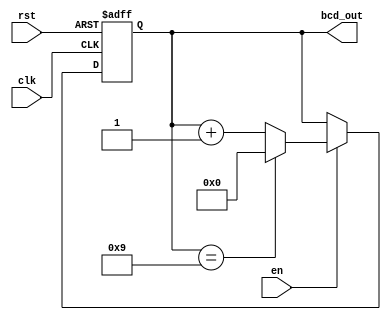
module bcd_counter (
    input wire clk,        // Clock signal
    input wire rst,        // Asynchronous reset signal
    input wire en,         // Enable signal
    output reg [3:0] bcd_out // 4-bit BCD output
);

    // Always block triggered on the rising edge of the clock or asynchronous reset
    always @(posedge clk or posedge rst) begin
        if (rst) begin
            // Asynchronous reset
            bcd_out <= 4'b0000; // Reset to 0
        end
        else if (en) begin
            // Increment logic
            if (bcd_out == 4'b1001) begin
                bcd_out <= 4'b0000; // Reset to 0 after 9
            end
            else begin
                bcd_out <= bcd_out + 1; // Increment the counter
            end
        end
    end

endmodule